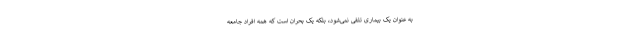
به عنوان یک بیماری تلقی نمی‌شود، بلکه یک بحران است که همه افراد جامعه